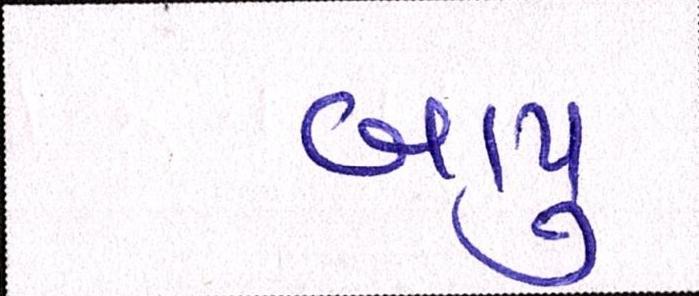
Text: બાપુ